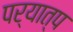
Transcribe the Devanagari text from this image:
पर्यात्प